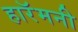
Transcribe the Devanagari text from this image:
हारॅमनी